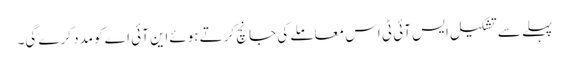
پہلے سے تشکیل ایس آئی ٹی اس معاملے کی جانچ کرتے ہوئےاین آئی اے کومدد کرے گی۔